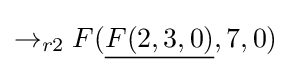
\rightarrow _{r2}F({\underline {F(2,3,0)}},7,0)